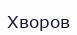
Хворов